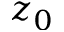
z _ { 0 }